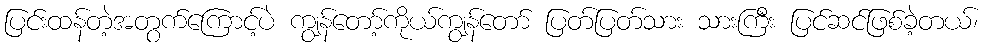
ပြင်းထန်တဲ့အတွက်ကြောင့်ပဲ ကျွန်တော့်ကိုယ်ကျွန်တော် ပြတ်ပြတ်သား သားကြီး ပြင်ဆင်ဖြစ်ခဲ့တယ်၊